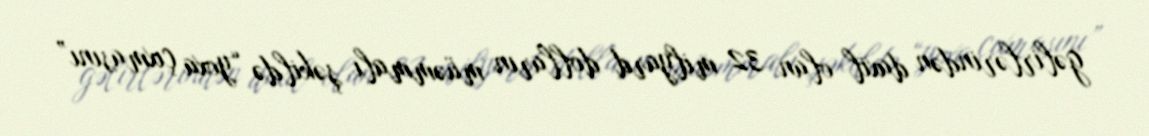
gəlirlərindən daxil olan 32 milyard dolların müəmmalı şəkildə “yoxa çıxmasını”